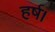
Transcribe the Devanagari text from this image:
हर्ष।